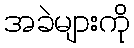
အခဲများကို